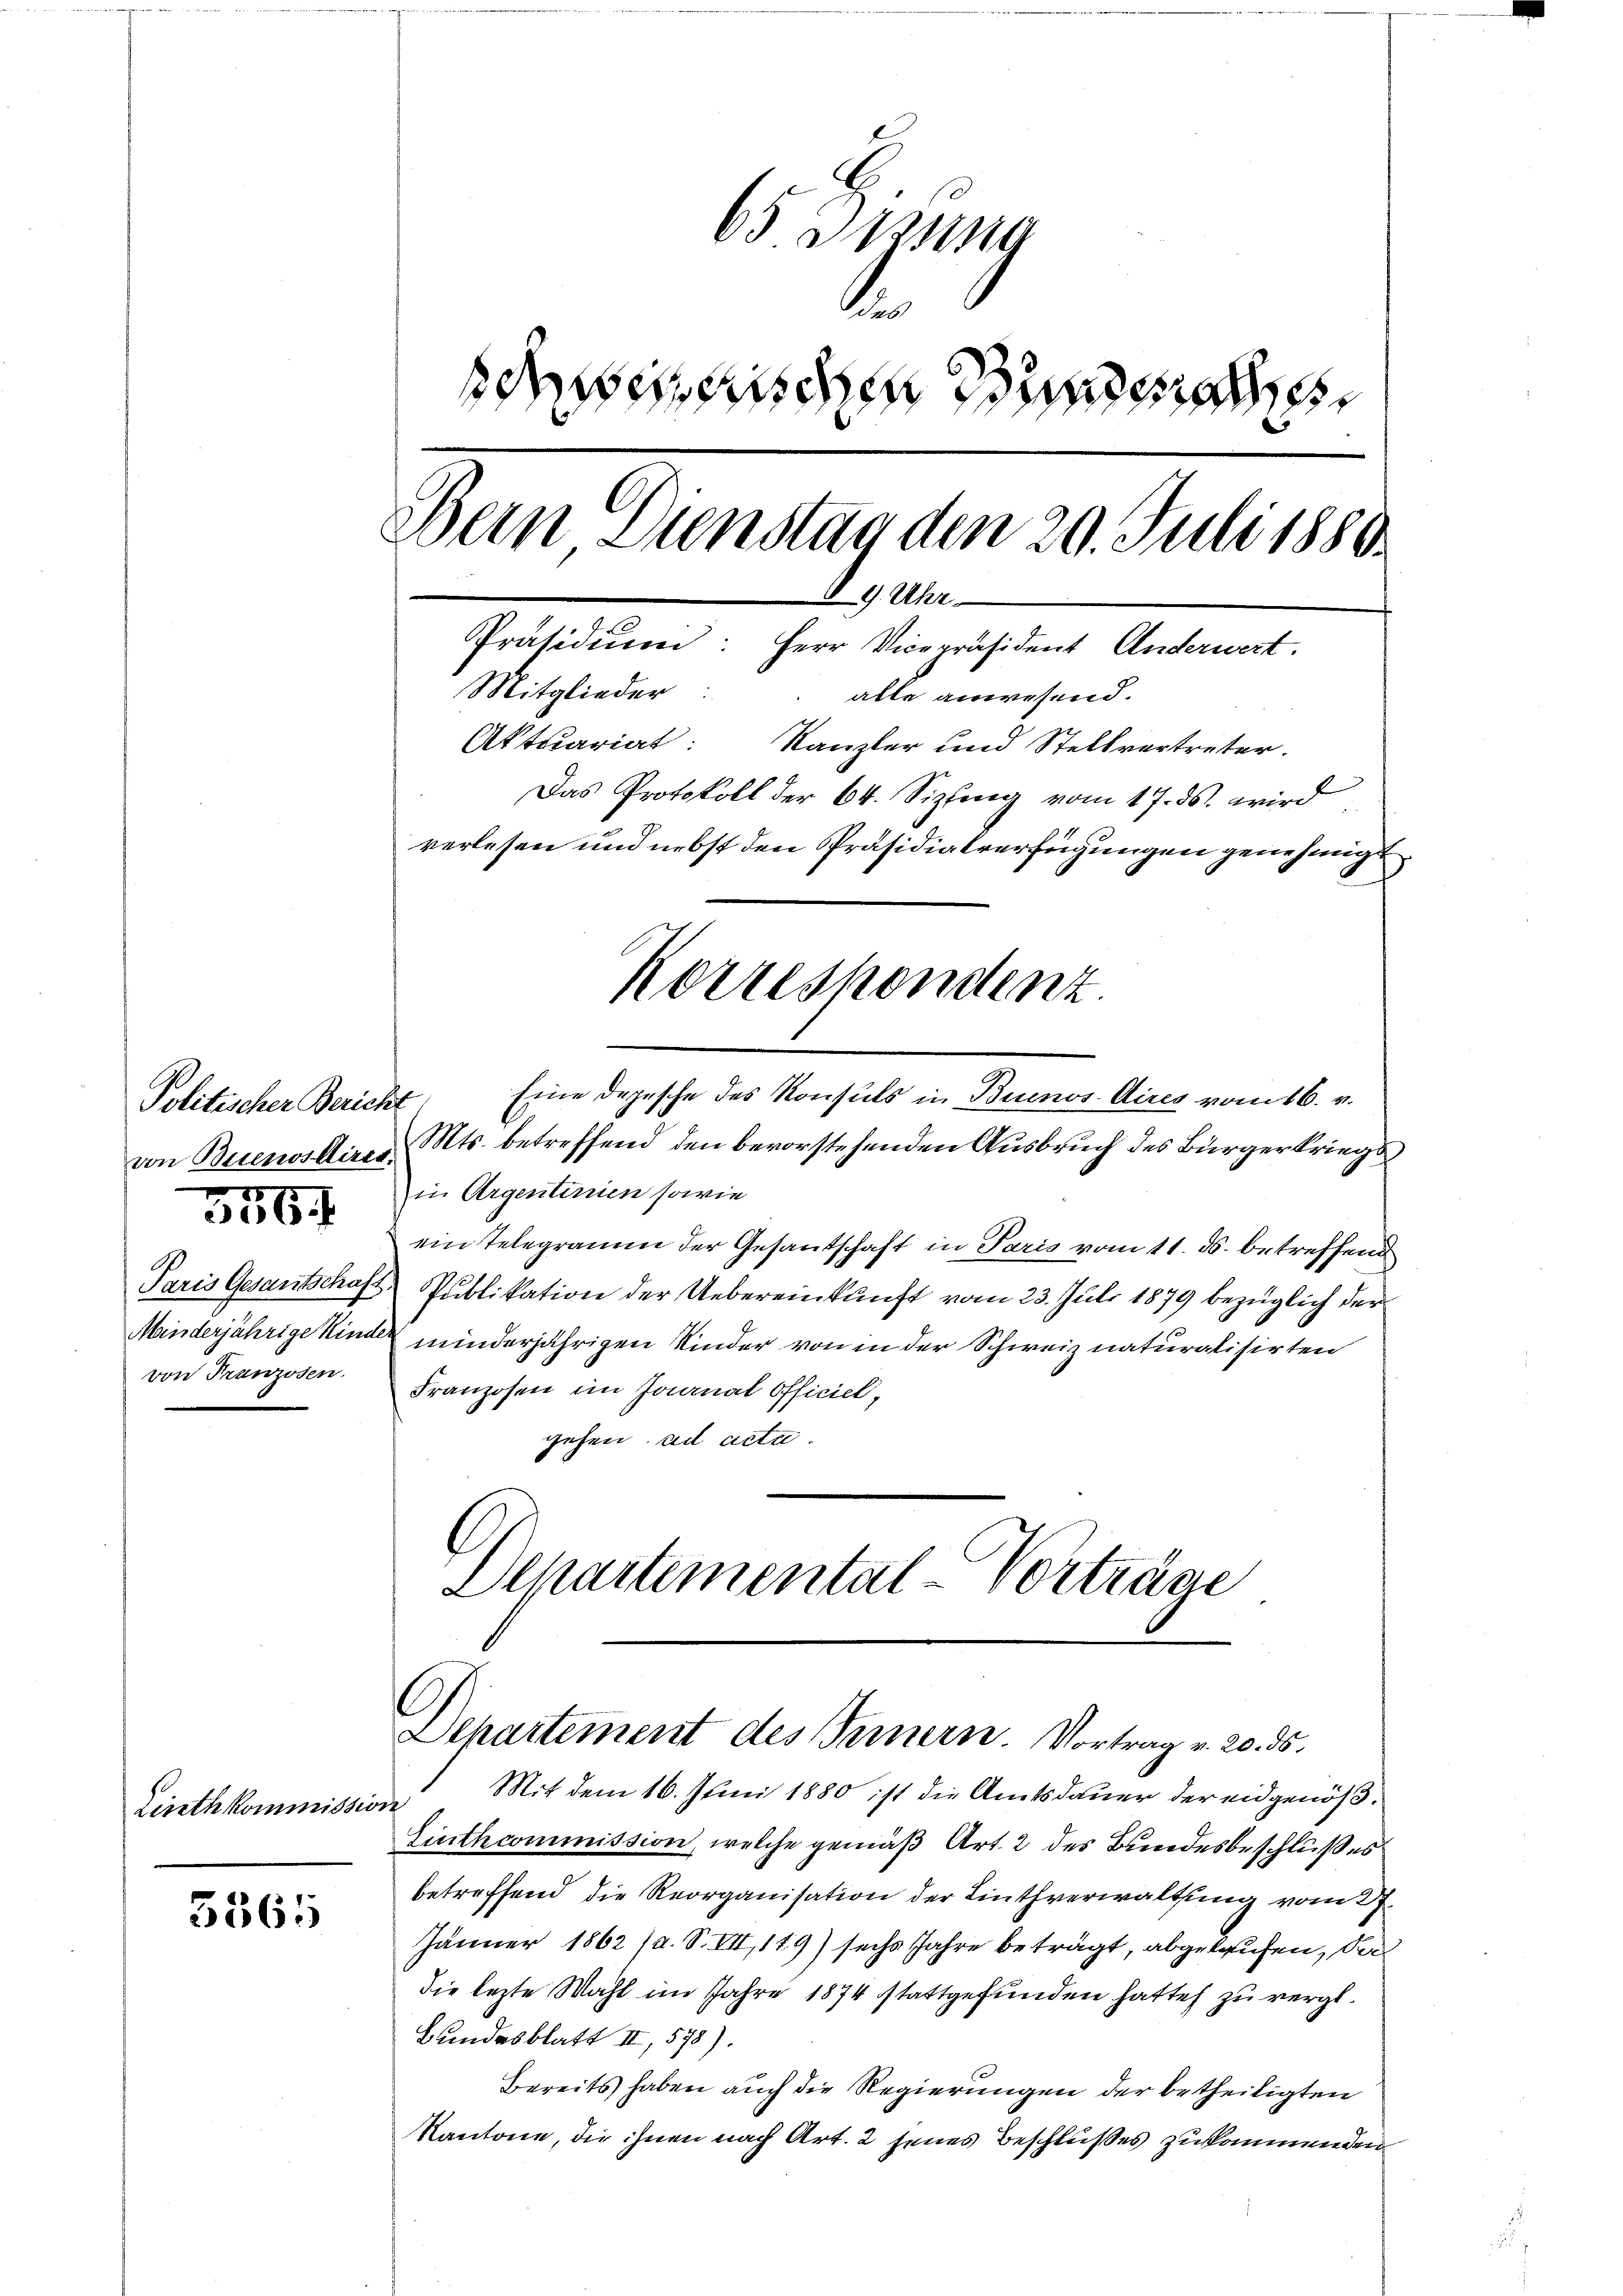
Politischer Bericht

356.

von Franzosen.

Linthkommission

5565

65 Sitzung
.
sabethischen Bundesrathe
ebern Dienstag den 20. Juli 1880.
89. Uhr
Präsidiŭm: Herr Vicepräsident Anderwert.
Mitglieder: alle anwesend.
Aktuariat: Kanzler und Stellvertreter.
Das Protokoll der 64. Sizling vom 17. ds. wird
verlesen und nebst den Präsidialverfügungen genehmigt
Korrespondenz.

Eine Depesche des Konsuls in Buenos Aires vom 16. v.
von Buenos Aires Mts. betreffend den bevorstehenden Ausbruch des Bürgerkriegs
in Argentinien sowie
ein Telegramm der Gesantschaft in Paris vom 11. ds. betreffend
Paris Gesantschaft Publikation der Uebereinkunft vom 23. Juli 1879 bezüglich der
Manderjährige Kinde minderjährigen Kinder von in der Schweiz naturalisirten
Franzosen im Journal officiel,
gehen ad acta.
Departemental-Vorträge

C
Departement des Innern. Vortrag v. 20. ds.

Mit dem 16. Juni 1880 ist die Amtsdauer der eidgenößf
Einthcommission, welche gemäß Art. 2 des Bundesbeschlußes
betreffend die Reorganisation der Linthverwaltung vom 27.
Jänner 1862 /d. S. VII, 179) sechs Jahre beträgt, abgelaufen, dadie lezte Wahl im Jahre 1874 stattgefunden hatte zu vergl.
Bundesblatt III, 578).
Bereits haben auch die Regierungen der betheiligten
Kantone, die ihnen nach Art. 2 jenes Beschlußes zukommenden